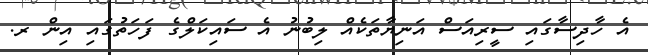
އެ ހާދިސާގައި ސީރިއަސް އަނިޔާތަކެއް ލިބުނު އެ ސައިކަލްގެ ފަހަތުގައި އިން ރ.